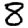
Digit: 8